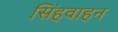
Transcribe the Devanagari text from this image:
सिंहवाहन